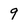
Character: 9